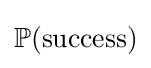
\mathbb {P} ({\textrm {success}})